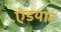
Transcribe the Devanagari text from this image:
ऐडयार